Bréfritari: Gunnlaugur Oddsson
Dagsetning: A-1894-07-01
Skrifað á: Glasgow, Skotlandi

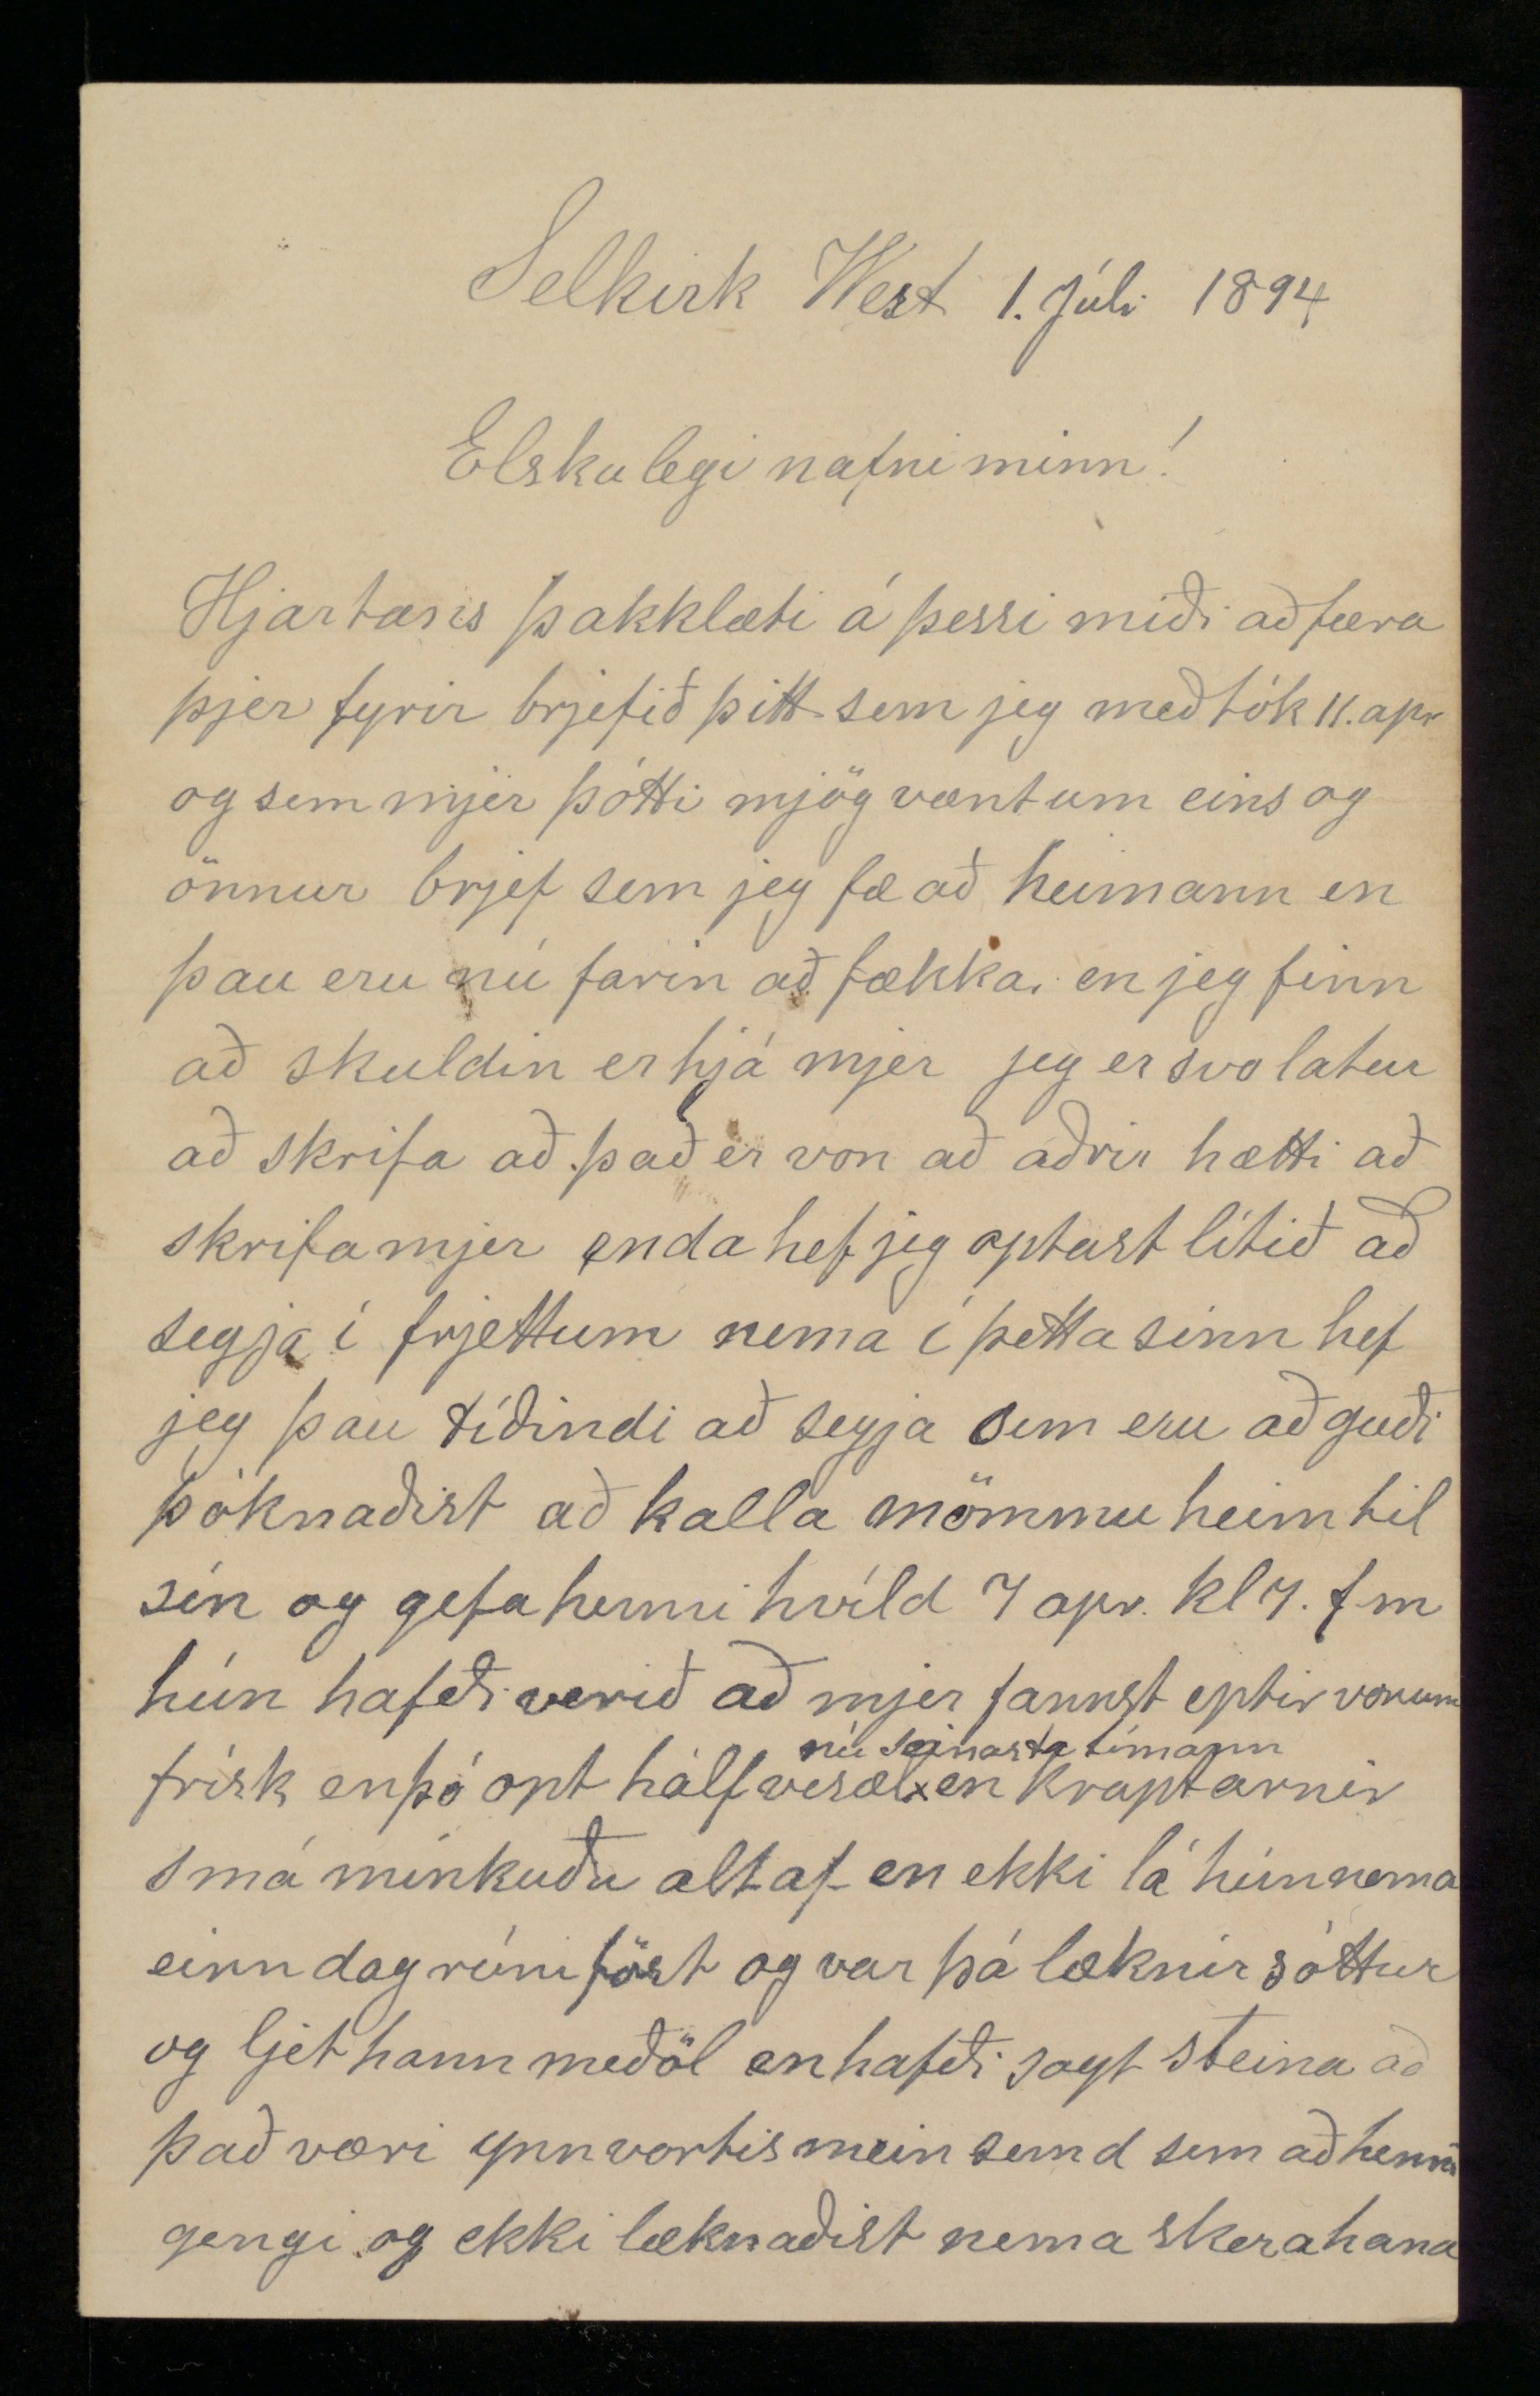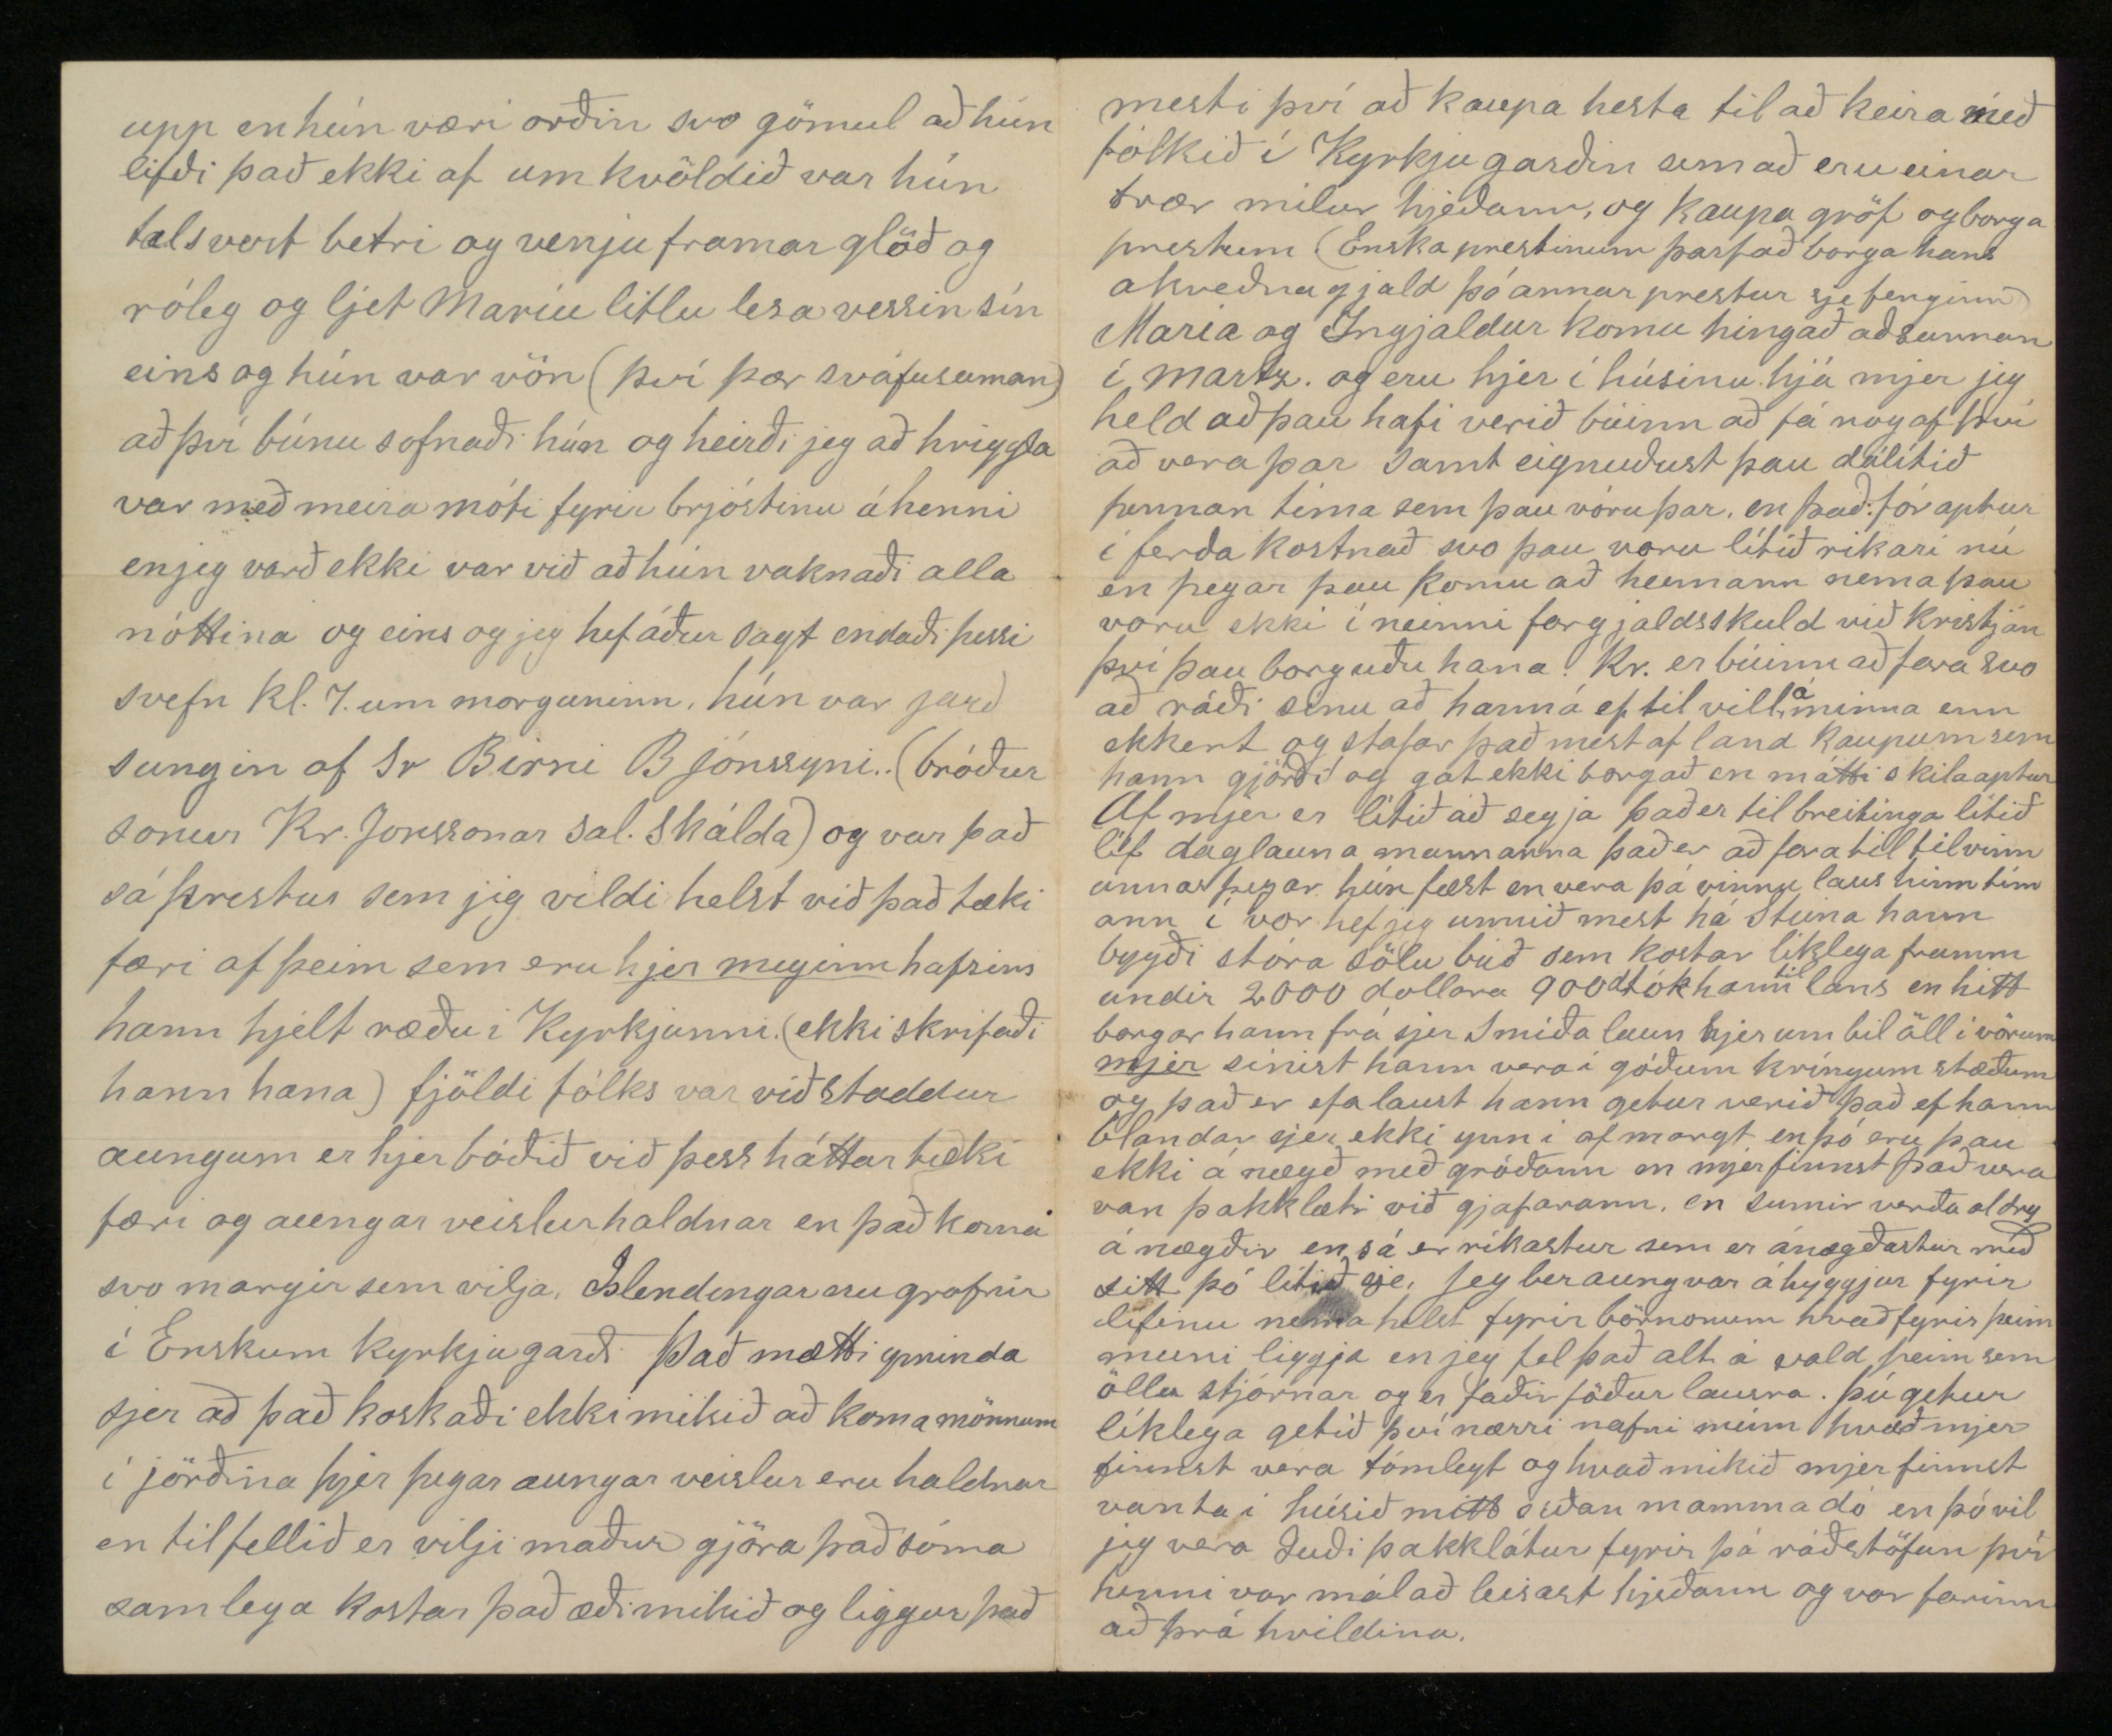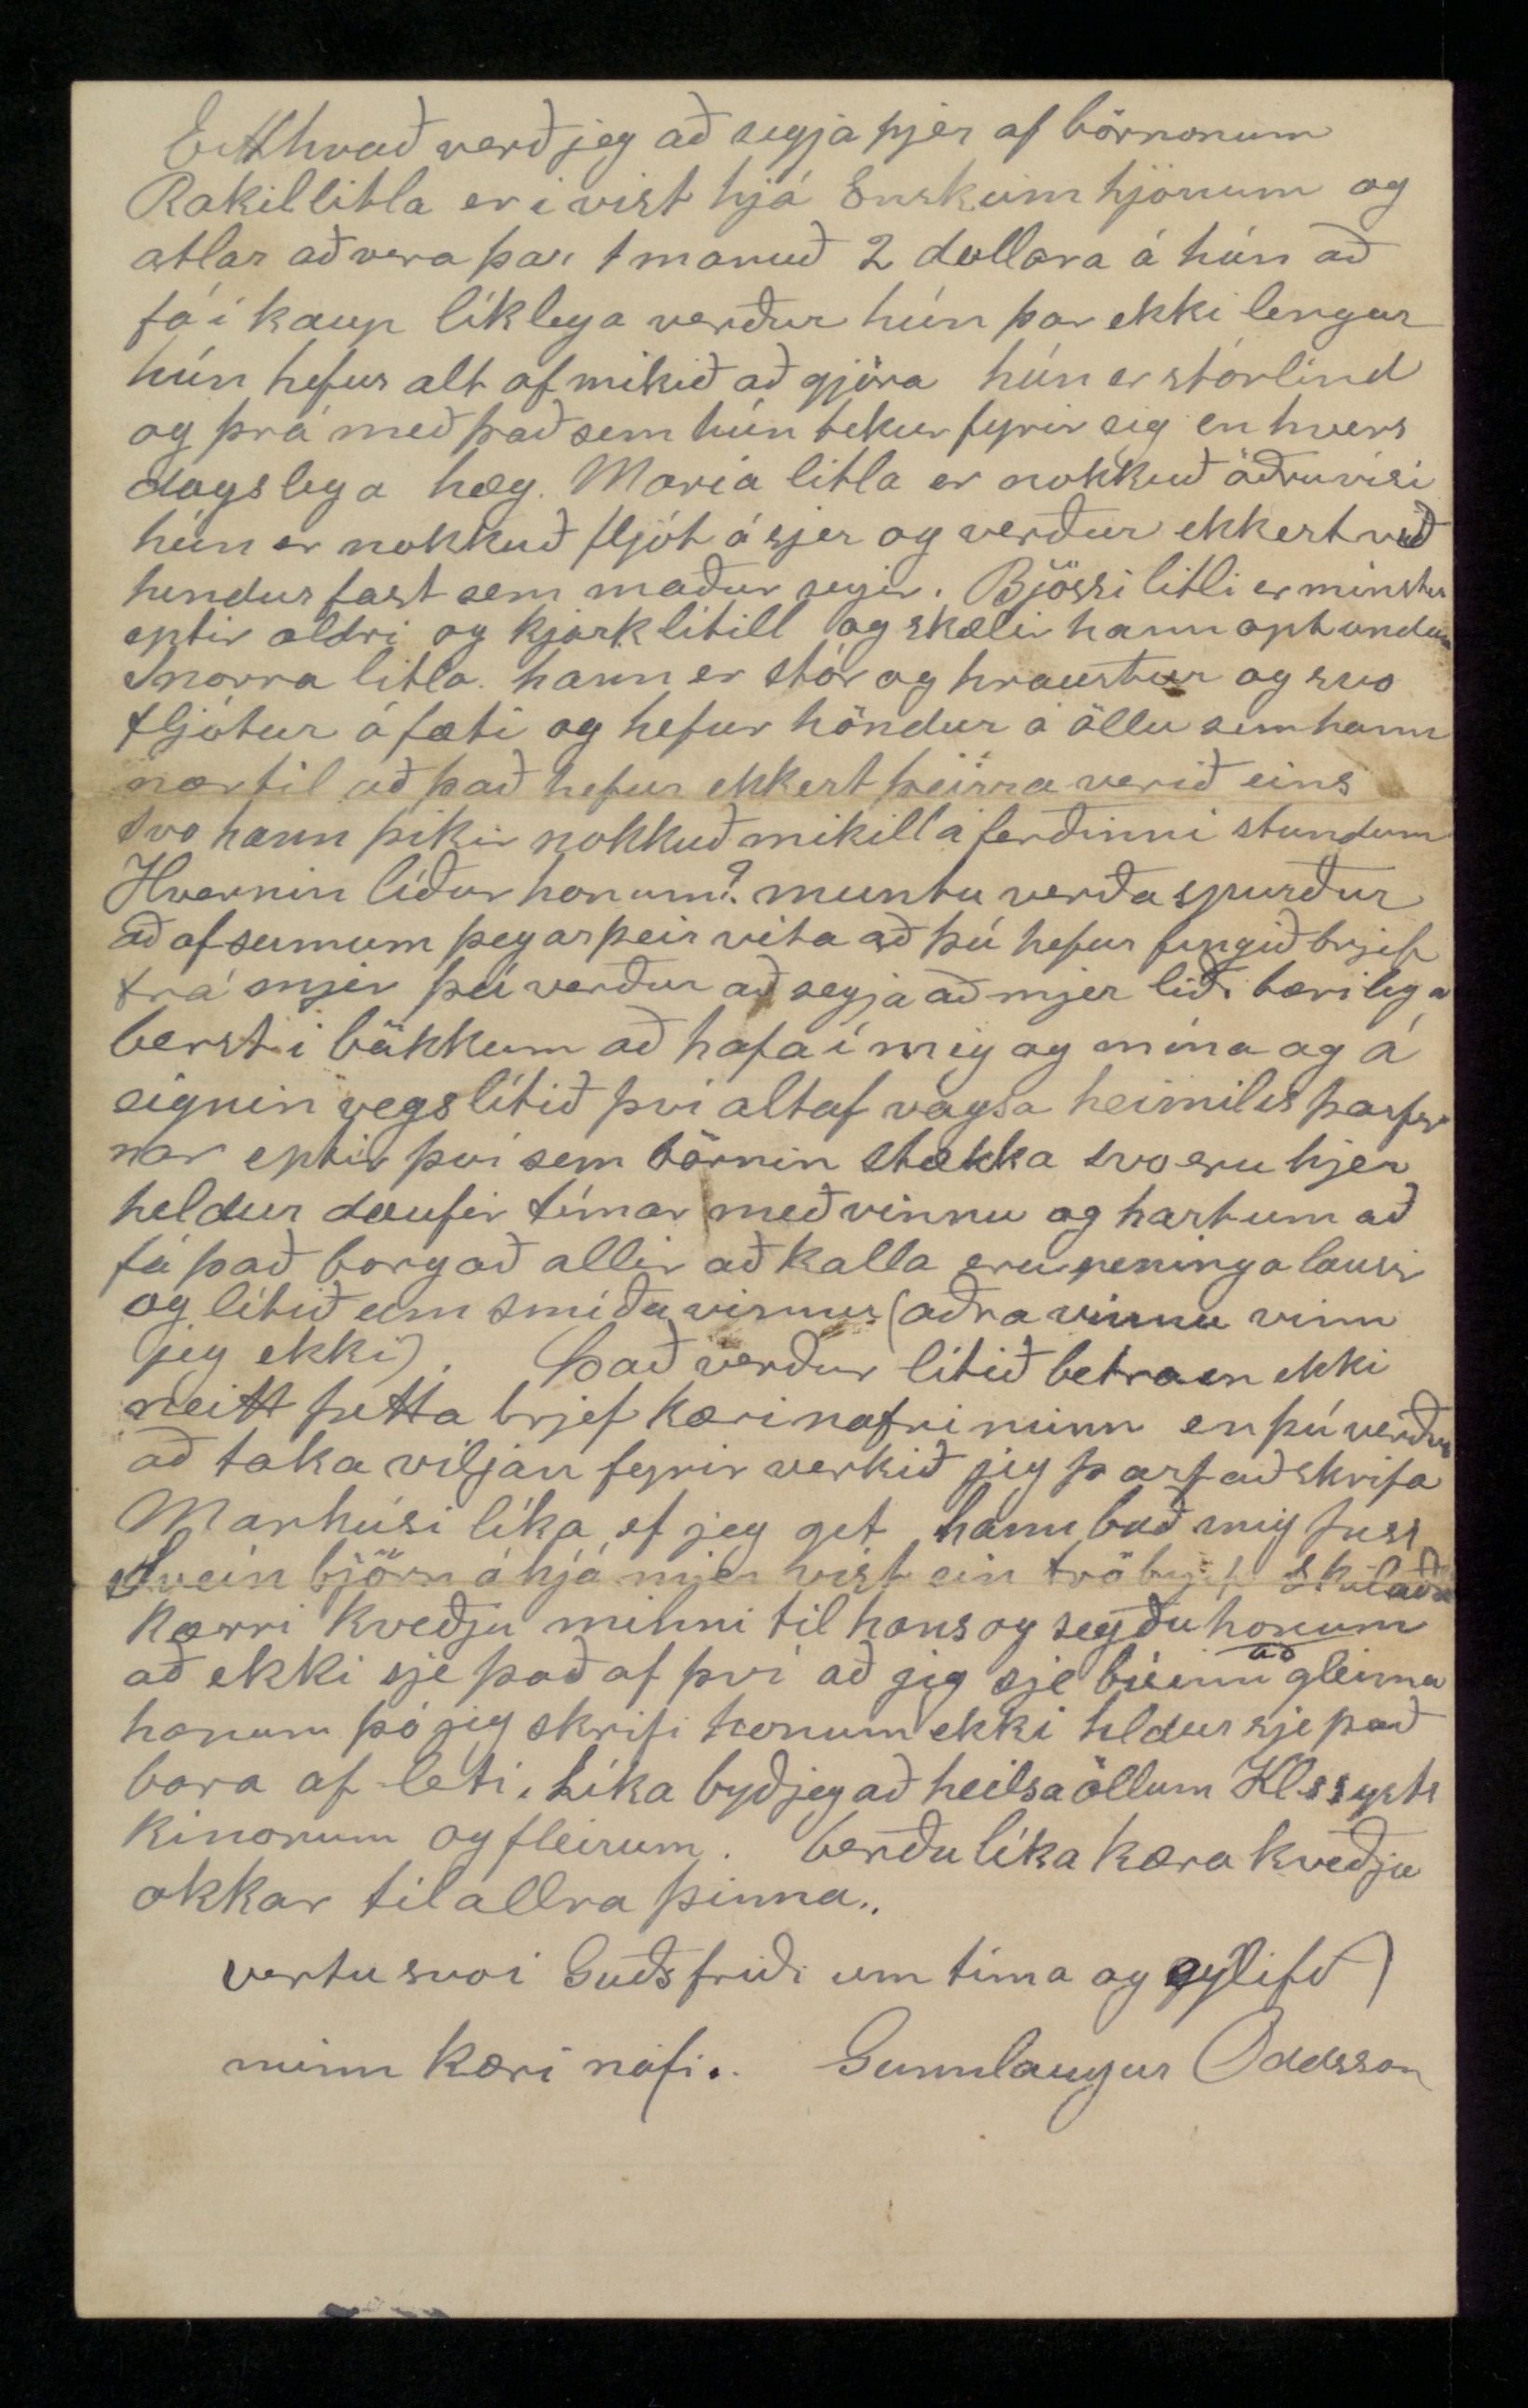

Selkirk West 1. Júlí 1894
Elskulegi nafni minn!
Hjartans þakklæti á þessi miði að færa þjer fyrir brjefið þitt sem jeg meðtók 11. apr og sem mjer þótti mjög vænt um eins og önnur brjef sem jeg fæ að heimann en þau eru nú farin að fækka en jeg finn að skuldin er hjá mjer jeg er svo latur að skrifa að það er von að aðrir hætti að skrifa mjer enda hef jeg optast lítið að segja í frjettum nema í þetta sinn hef jeg þau tíðindi að segja sem eru að guði þónaðist að kalla mömmu heim til sín og gefa henni hvíld 7 apr. kl 7 f.m hún hafði verið að mjer fannst eptir vonum frísk en þó opt hálfvesæl
nú seinasta tímann
en kraptarnir smá mínkuðu altaf en ekki lá hún nema einn dag rúmföst og var þá læknir sóttur og ljet hann meðöl en hafði sagt Steina að það væri ynnvortismeinsemd sem að henni gengi og ekki læknaðist nema skera hana
upp en hún væri orðin svo gömul að hún lifði það ekki af um kvöldið var hún talsvert betri og venju framar glöð og róleg og ljet Maríu litlu lesa vessin sín eins og hún var vön (því þær sváfu saman) að því búnu sofnaði hún og heirði jeg að hriggla var með meira móti fyrir brjóstinu á henni en jeg varð ekki var við að hún vaknaði alla nóttina og eins og jeg hef áður sagt endaði þessi svefn kl. 7 um morguninn, hún var jarð sungin af Sr Birni B Jónssyni (bróður sonur Kr. Jonssonar sal. Skálda) og var það sá prestur sem jeg vildi helst við það tæki færi af þeim sem eru
hjer meginn
hafsins hann hjelt ræðu í Kyrkjunni (ekki skrifaði hann hana) fjöldi fólks var viðstaddur aungum er hjer boðið við þess háttar tæki færi og aungar veislur haldnar en það koma svo margir sem vilja. Islendingar nu grafnir í Enskum kyrkjugarði Það mætti yminda sjer að það kostaði ekki mikið að koma mönnum í jörðina hjer þegar aungar veislur eru haldnar en tilfellið er vilji maður gjöra það sómasamlega kostar það æðimikið og liggur það
mest í því að kaupa hesta til að keira með fólkið í Kyrkjugarðin sem að eru einar tvær mílur hjeðann og kaupa gröf og borga prestum (Enska prestinum þarf að borga hans akveðna gjald þó annar prestur sje fenginn) Maria og Ingjaldur komu hingað að sunnan í Martz. og eru hjer í húsinu hjá mjer jeg held að þau hafi verið búinn að fá nog af því að vera þar samt eignuðust þau dálítið þennan tíma sem þau vóru þar, en það fór aptur í ferðakostnað svo þau voru lítið ríkari nú en þegar þau komu að heimann nema þau voru ekki í neinni fargjaldsskuld við Kristján því þau borguðu hana. Kr. er búinn að fara svo að ráði sínu að hann á ef til vill
á
minna enn ekkert og stafar það mest af land kaupum sem hann gjörði og gat ekki borgað en mátti skila aptur Af mjer er lítið að segja það er tilbreitingalítið líf daglauna mannanna það er að fara til til vinnunnar þegar hún fæst en vera þá vinnulaus hinn tímann í vor hef jeg unnið mest há Steina hann bygði stóra sölu búð sem kostar líklega framm undir 2000 dollara 900 tók hann
til
lans en hitt borgar hann frá sjer Smíðalaun hjer um bil öll í vörum
mjer
sínist hann vera í góðum kríngum stæðum og það er efalaust hann getur verið það ef hann blandar sjer ekki ynn í of margt en þó eru þau ekki á nægð með gróðann en mjer finnst það vera van þakklæti við gjafarann en sumir verða aldrey ánægðir en sá er ríkastur sem er ánægðastur með sitt þó lítið sje. Jeg ber aungvar áhyggjur fyrir lífinu nema helst fyrir börnonum hvað fyrir þeim muni liggja en jeg fel það alt á vald þeim sem öllu stjórnar og er faðir föðurlausra. þú getur líklega getið því nærri nafni minn hvað mjer finnst vera tómlegt og hvað mikið mjer finnst vanta í húsið mitt síðan mamma dó en þó vil jeg vera Guði þakklátur fyrir þá ráðstöfun því henni var mál að leisast hjeðann og var farinn að þrá hvíldina.
Eitthvað verð jeg að segja þjer af börnonum Rakel litla er í vist hjá Enskum hjónum og atlar að vera þar 1 mánuð 2 dollara á hún að fá í kaup líklega verður hún þar ekki lengur hún hefur alt of mikið að gjöra hún er stórlind og þrá með það sem hún tekur fyrir sig en hvers dagslega hæg. María litla er nokkuð öðruvísi hún er nokkuð fljót á sjer og verður ekkert við hendur fast sem maður segir. Bjössi litli er minstur eptir aldri og kjarklítill og skælir hann opt undan Snorra litla. hann er stór og hraustur og svo fljótur á fæti og hefur höndur á öllu sem hann nær til að það hefur ekkert þeirra verið eins svo hann þikir nokkuð mikill á ferðinni stundum Hvernig líður honum? muntu verða spurður að af sumum þegar þeir vita að þú hefur fengið brjef frá mjer þú verður að segja að mjer líði bærilega berst í bökkum að hafa í mig og mína og á eignin vegs lítið því altaf vagsa heimilisþarfirnar eptir því sem börnin stækka svo eru hjer heldur daufir tímar með vinnu og hart um að fá það borgað allir að kalla eru peningalausir og lítið um smíðavinnu (aðra vinnu vinn jeg ekki) Það verður lítið betra en ekki neitt þetta brjef kæri nafni minn en þú verður að taka viljan fyrir verkið jeg þarf að skrifa Markúsi líka ef jeg get hann bað mig þess Sveinbjörn á hjá mjer víst ein tvö brjef Skilaðu kærri kveðju minni til hans og segðu honum að ekki sje það af því að jeg sje búinn
að
gleima honum þó jeg skrifi honum ekki heldur sje það bara af leti. Líka byð jeg að heilsa öllum Kl.s systkinonum og fleirum. berðu líka kæra kveðju okkar til allra þinna.
Vertu svo í Guðs friði um tíma og eylífð minn kæri nafni
Gunnlaugur Oddsson